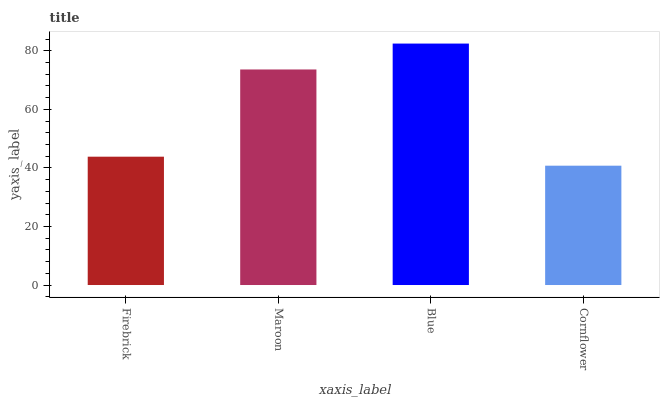
| xaxis_label | bars |
 | --- | --- |
 | Firebrick | 43.8 |
 | Maroon | 73.6 |
 | Blue | 82.5 |
 | Cornflower | 40.8 |